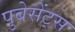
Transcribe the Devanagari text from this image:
पुबेसेंट्स